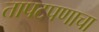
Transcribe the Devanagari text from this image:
तापटपणाचा